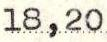
18,20